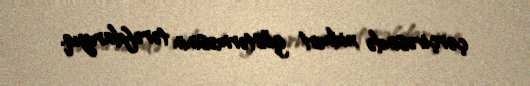
çərçivəsində xidmət göstərməsinin tərəfdarıyıq.